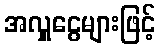
အလှူငွေများဖြင့်